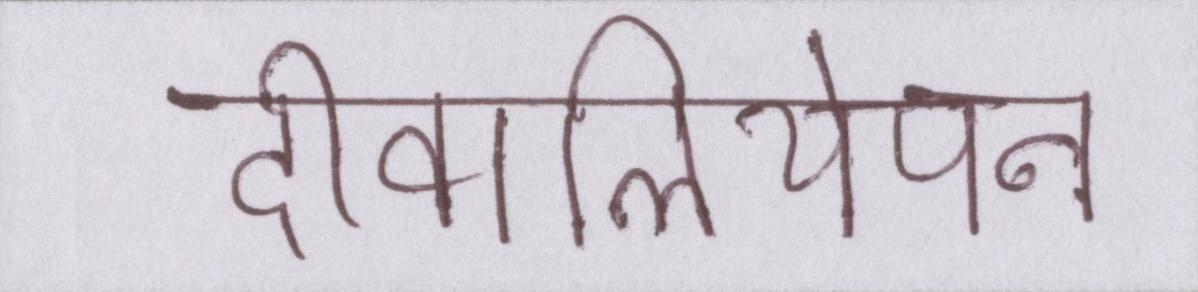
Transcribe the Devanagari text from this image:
दीवालियेपन